Lunatic asylums in Bengal annual reports 1912-1924 - 1912-1924
Year: 1912
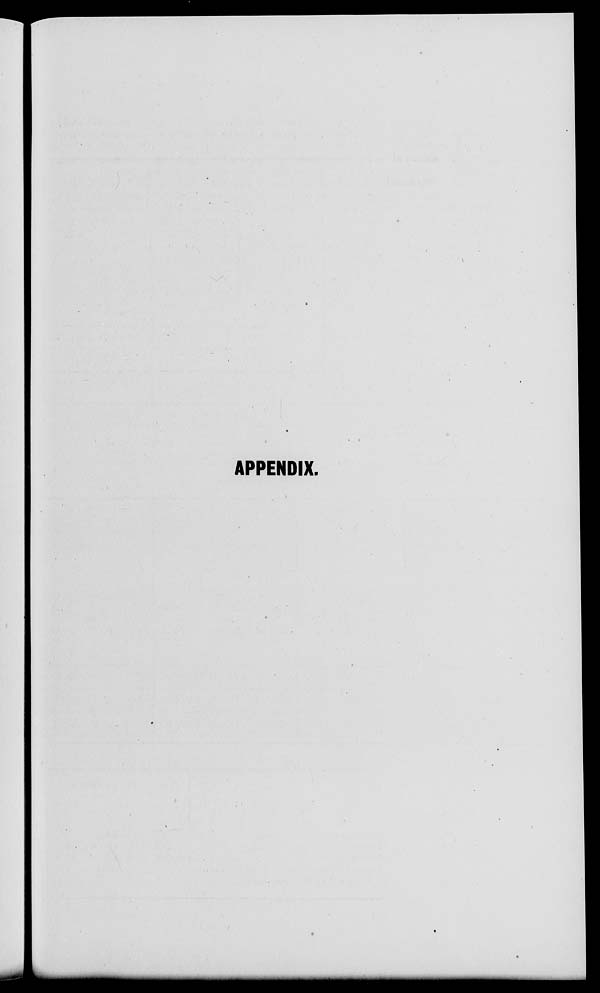
APPENDIX.